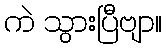
ကဲ သွားပြီဗျာ။